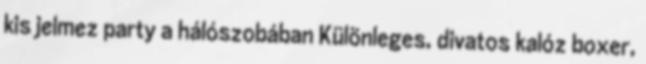
kis jelmez party a hálószobában Különleges, divatos kalóz boxer,